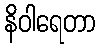
နိဝါရေတာ